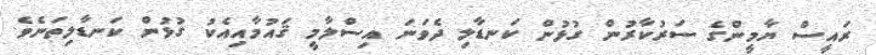
ރައީސް ޔާމީންގެ ސަރުކާރުން ގުޅުން ކަނޑާލި ދެވަނަ އިސްލާމީ ޤައުމާއިއެކު ގުޅުން ކަނޑާލިތަނެވެ.